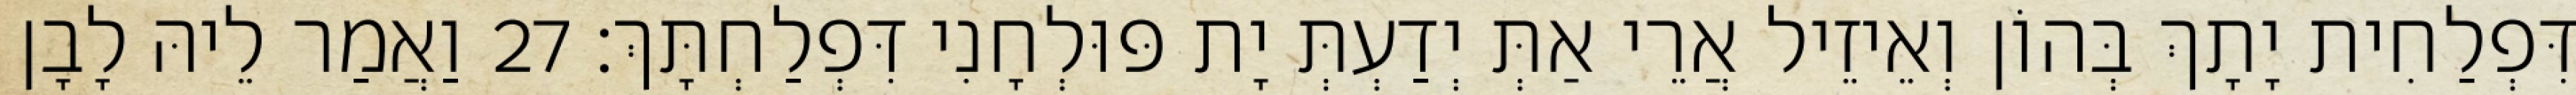
דִּפְלַחִית יָתָךְ בְּהוֹן וְאֵיזֵיל אֲרֵי אַתְּ יְדַעְתְּ יָת פּוּלְחָנִי דִּפְלַחְתָּךְ׃ 27 וַאֲמַר לֵיהּ לָבָן